Civil Veterinary Department Bihar & Orissa reports 1922-29 - 1922-1929
Year: 1922
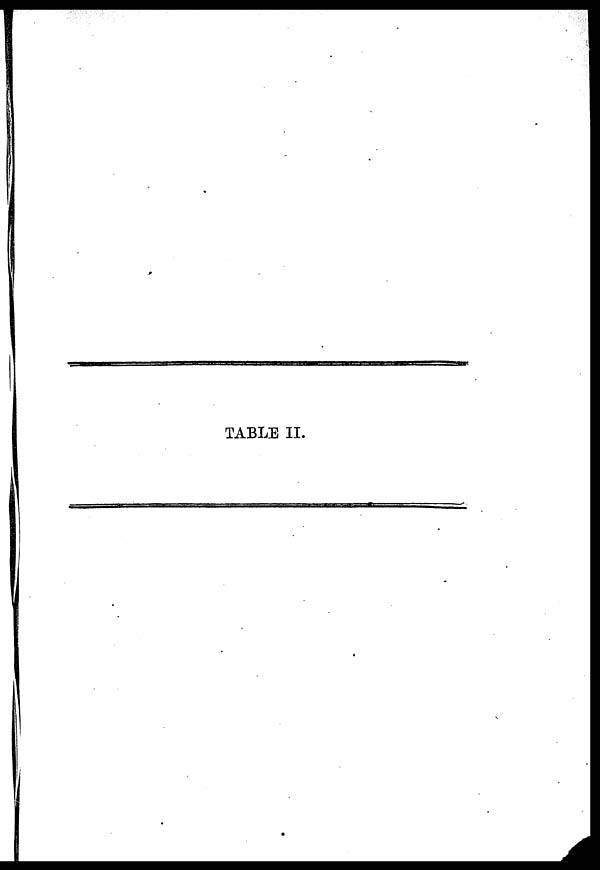
TABLE II.